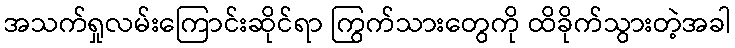
အသက်ရှုလမ်းကြောင်းဆိုင်ရာ ကြွက်သားတွေကို ထိခိုက်သွားတဲ့အခါ